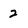
Character: 2